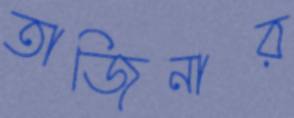
তাজিনার